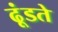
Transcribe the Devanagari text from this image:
ढूंडते